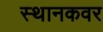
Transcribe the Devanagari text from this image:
स्थानकवर